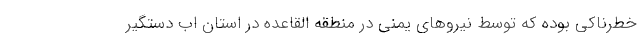
خطرناکی بوده که توسط نیروهای یمنی در منطقه القاعده در استان اب دستگیر